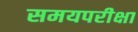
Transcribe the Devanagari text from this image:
समयपरीक्षा